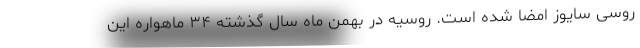
روسی سایوز امضا شده است. روسیه در بهمن ماه سال گذشته ۳۴ ماهواره این